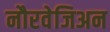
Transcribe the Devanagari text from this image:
नौरवेजिअन